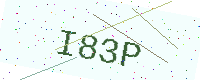
Text: I83P